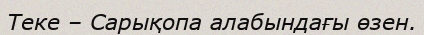
Теке – Сарықопа алабындағы өзен.